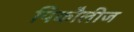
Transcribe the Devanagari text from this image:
पिकौलीज